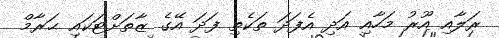
ރަލާއި އޫރު މަހާއި އަދި އެފަދަ ތަކެތި ފަދަ އޭގެ ޒާތަށްޓަކައި ޙަރާމް